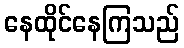
နေထိုင်နေကြသည်